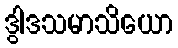
ဒွါဒသမာသိယော